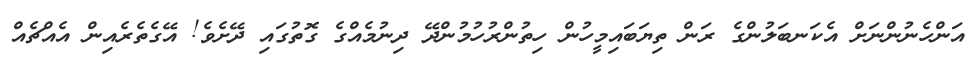
އަންހެނުންނަށް އެކަނބަލުންގެ ރަން ތިޔަބައިމީހުން ހިތުންރުހުމުންދޭ ދިނުމެއްގެ ގޮތުގައި ދޭށެވެ! އޭގެތެރެއިން އެއްޗެއް